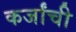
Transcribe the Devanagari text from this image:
कर्जांची